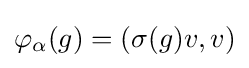
\varphi _{\alpha }(g)=(\sigma (g)v,v)